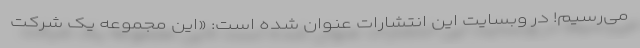
می‌رسیم! در وبسایت این انتشارات عنوان شده است: «این مجموعه یک شرکت